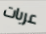
عربات